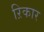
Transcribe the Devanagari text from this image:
ऱिकार